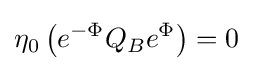
\eta _{0}\left(e^{-\Phi }Q_{B}e^{\Phi }\right)=0